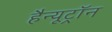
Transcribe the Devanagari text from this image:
हैन्यूट्रॉन